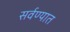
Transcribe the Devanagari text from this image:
सर्वण्यात